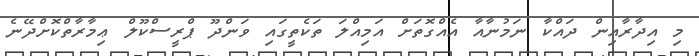
މި އިދާރާއިން ދައްކާ ނަމުނާއާ އެއްގޮތަށް އަމިއްލަ ތަކެތީގައި ވަންދޫ ޕްރީސްކޫލް ޢިމާރާތްކޮށްދޭނެ